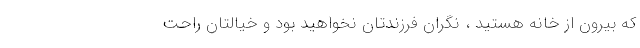
که بیرون از خانه هستید ، نگران فرزندتان نخواهید بود و خیالتان راحت